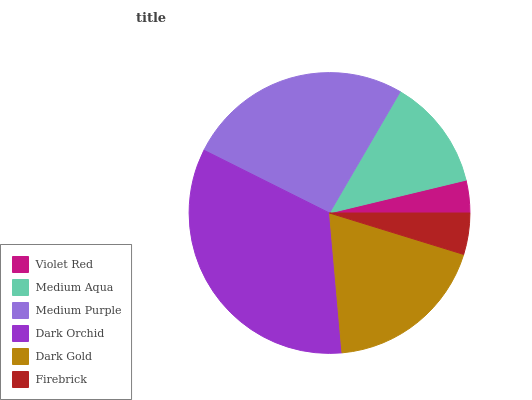
| Violet Red | Medium Aqua | Medium Purple | Dark Orchid | Dark Gold | Firebrick |
 | --- | --- | --- | --- | --- | --- |
 | 3.76% | 12.9% | 26% | 33.8% | 18.8% | 4.77% |